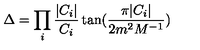
\Delta = \prod _ { i } \frac { | C _ { i } | } { C _ { i } } \tan ( \frac { \pi | C _ { i } | } { 2 m ^ { 2 } M ^ { - 1 } } )